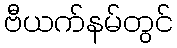
ဗီယက်နမ်တွင်